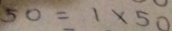
5 0 = 1 \times 5 0